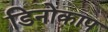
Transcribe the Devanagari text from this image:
डिनोकाप